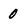
Character: 0